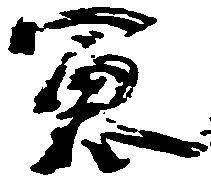
憲